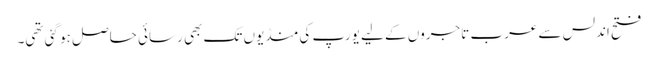
فتح اندلس سے عرب تاجروں کے لیے یورپ کی منڈیوں تک بھی رسائی حاصل ہو گئی تھی۔